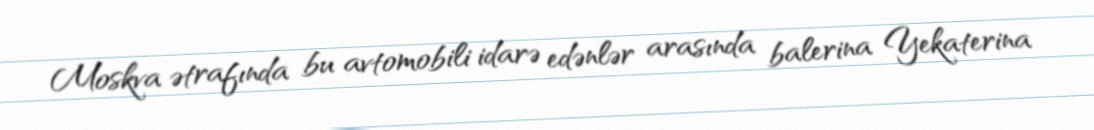
Moskva ətrafında bu avtomobili idarə edənlər arasında balerina Yekaterina